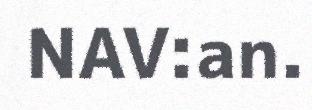
NAV:an.